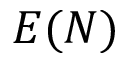
E ( N )